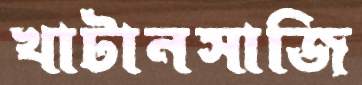
খাটানসাজি